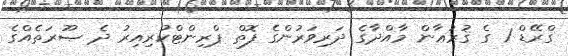
ގްރޭޑް 1 ގެ ޤުރުޢާން މާއްދާގެ ދަރިވަރުންގެ ފޮތް ޕްރިންޓްކުރިއިރު ދެ ޞޫރަތެއްގެ